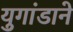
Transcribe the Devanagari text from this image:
युगांडाने